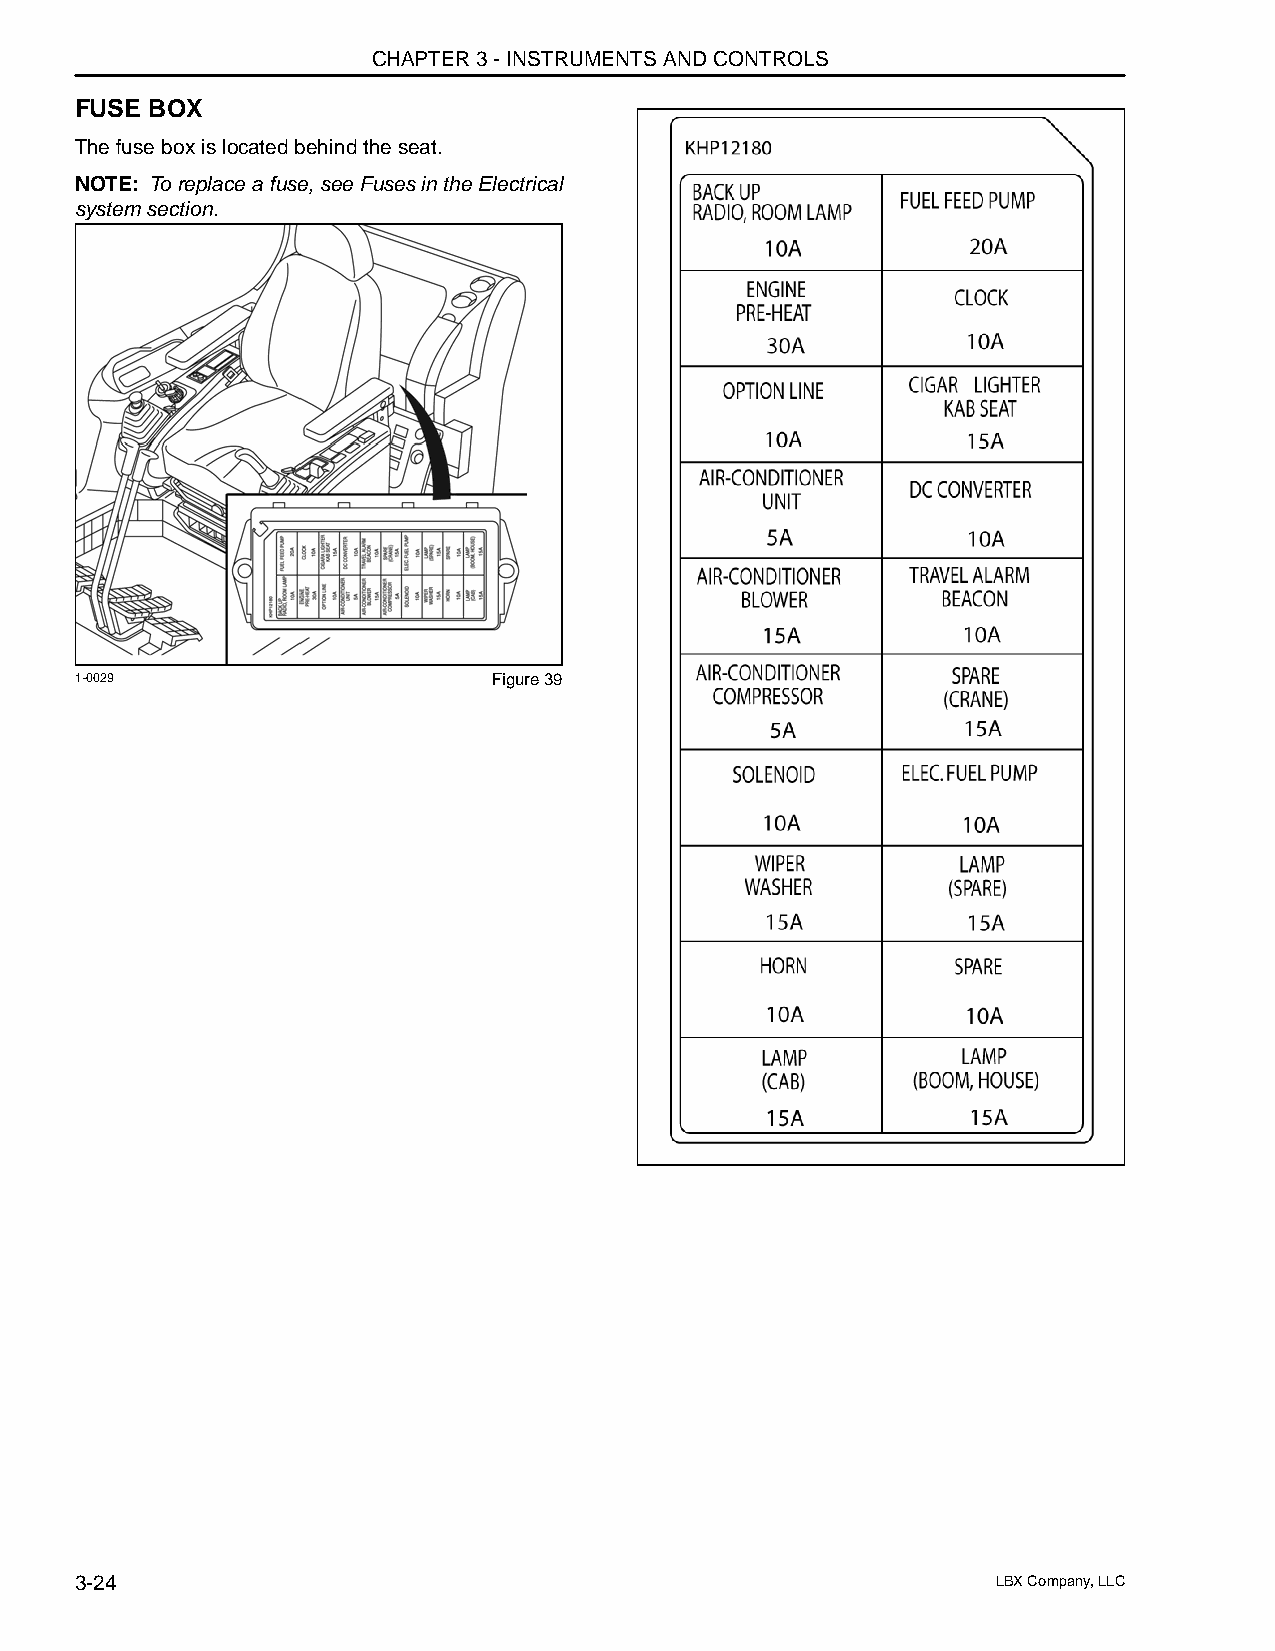
CHAPTER 3 - INSTRUMENTS AND CONTROLS
 FUSE BOX
 The fuse box is located behind the seat.
 NOTE: To replace a fuse, see Fuses in the Electrical
 system section.
 1-0029                      Figure 39
 3-24                                                         LBX Company, LLC